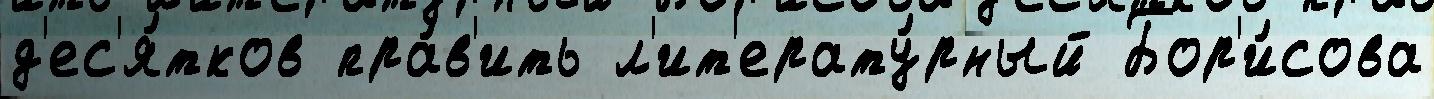
д'ес'я́тков пра́в'ить л'ит'ерату́рный Бор'и́сова